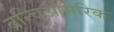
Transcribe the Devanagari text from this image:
ब्रन्चिओमेरिक